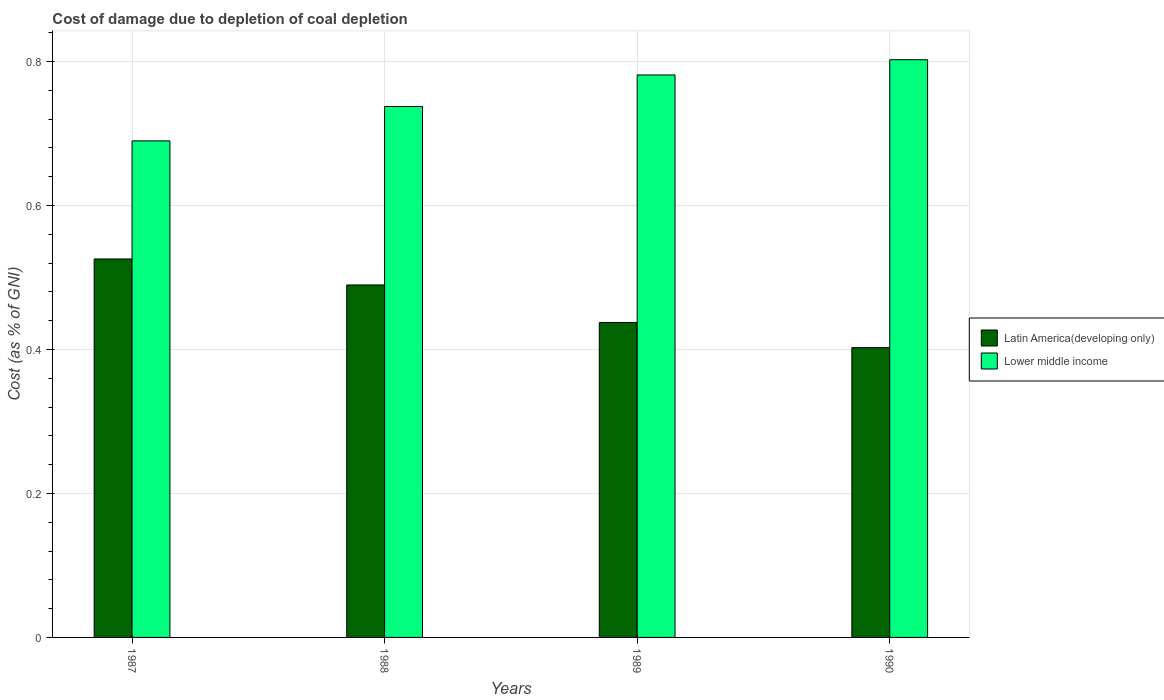
| Years | Latin America(developing only) | Lower middle income |
 | --- | --- | --- |
 | 1987 | 0.526 | 0.69 |
 | 1988 | 0.49 | 0.738 |
 | 1989 | 0.438 | 0.781 |
 | 1990 | 0.403 | 0.803 |